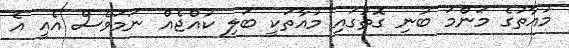
މުއާތުގެ މަންމަ ބުނި ގޮތުގައި މުއާތަކީ ބަލި ކުއްޖެއް ނަމަވެސް އެއީ އެ